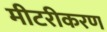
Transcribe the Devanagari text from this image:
मीटरीकरण